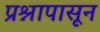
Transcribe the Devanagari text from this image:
प्रश्नापासून